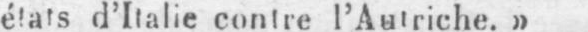
états d’Italie contre l’Autriche.»